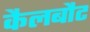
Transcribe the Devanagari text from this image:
कैलबौट